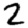
Digit: 2